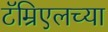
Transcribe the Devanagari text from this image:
टॅम्रिएलच्या